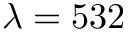
\lambda = 5 3 2